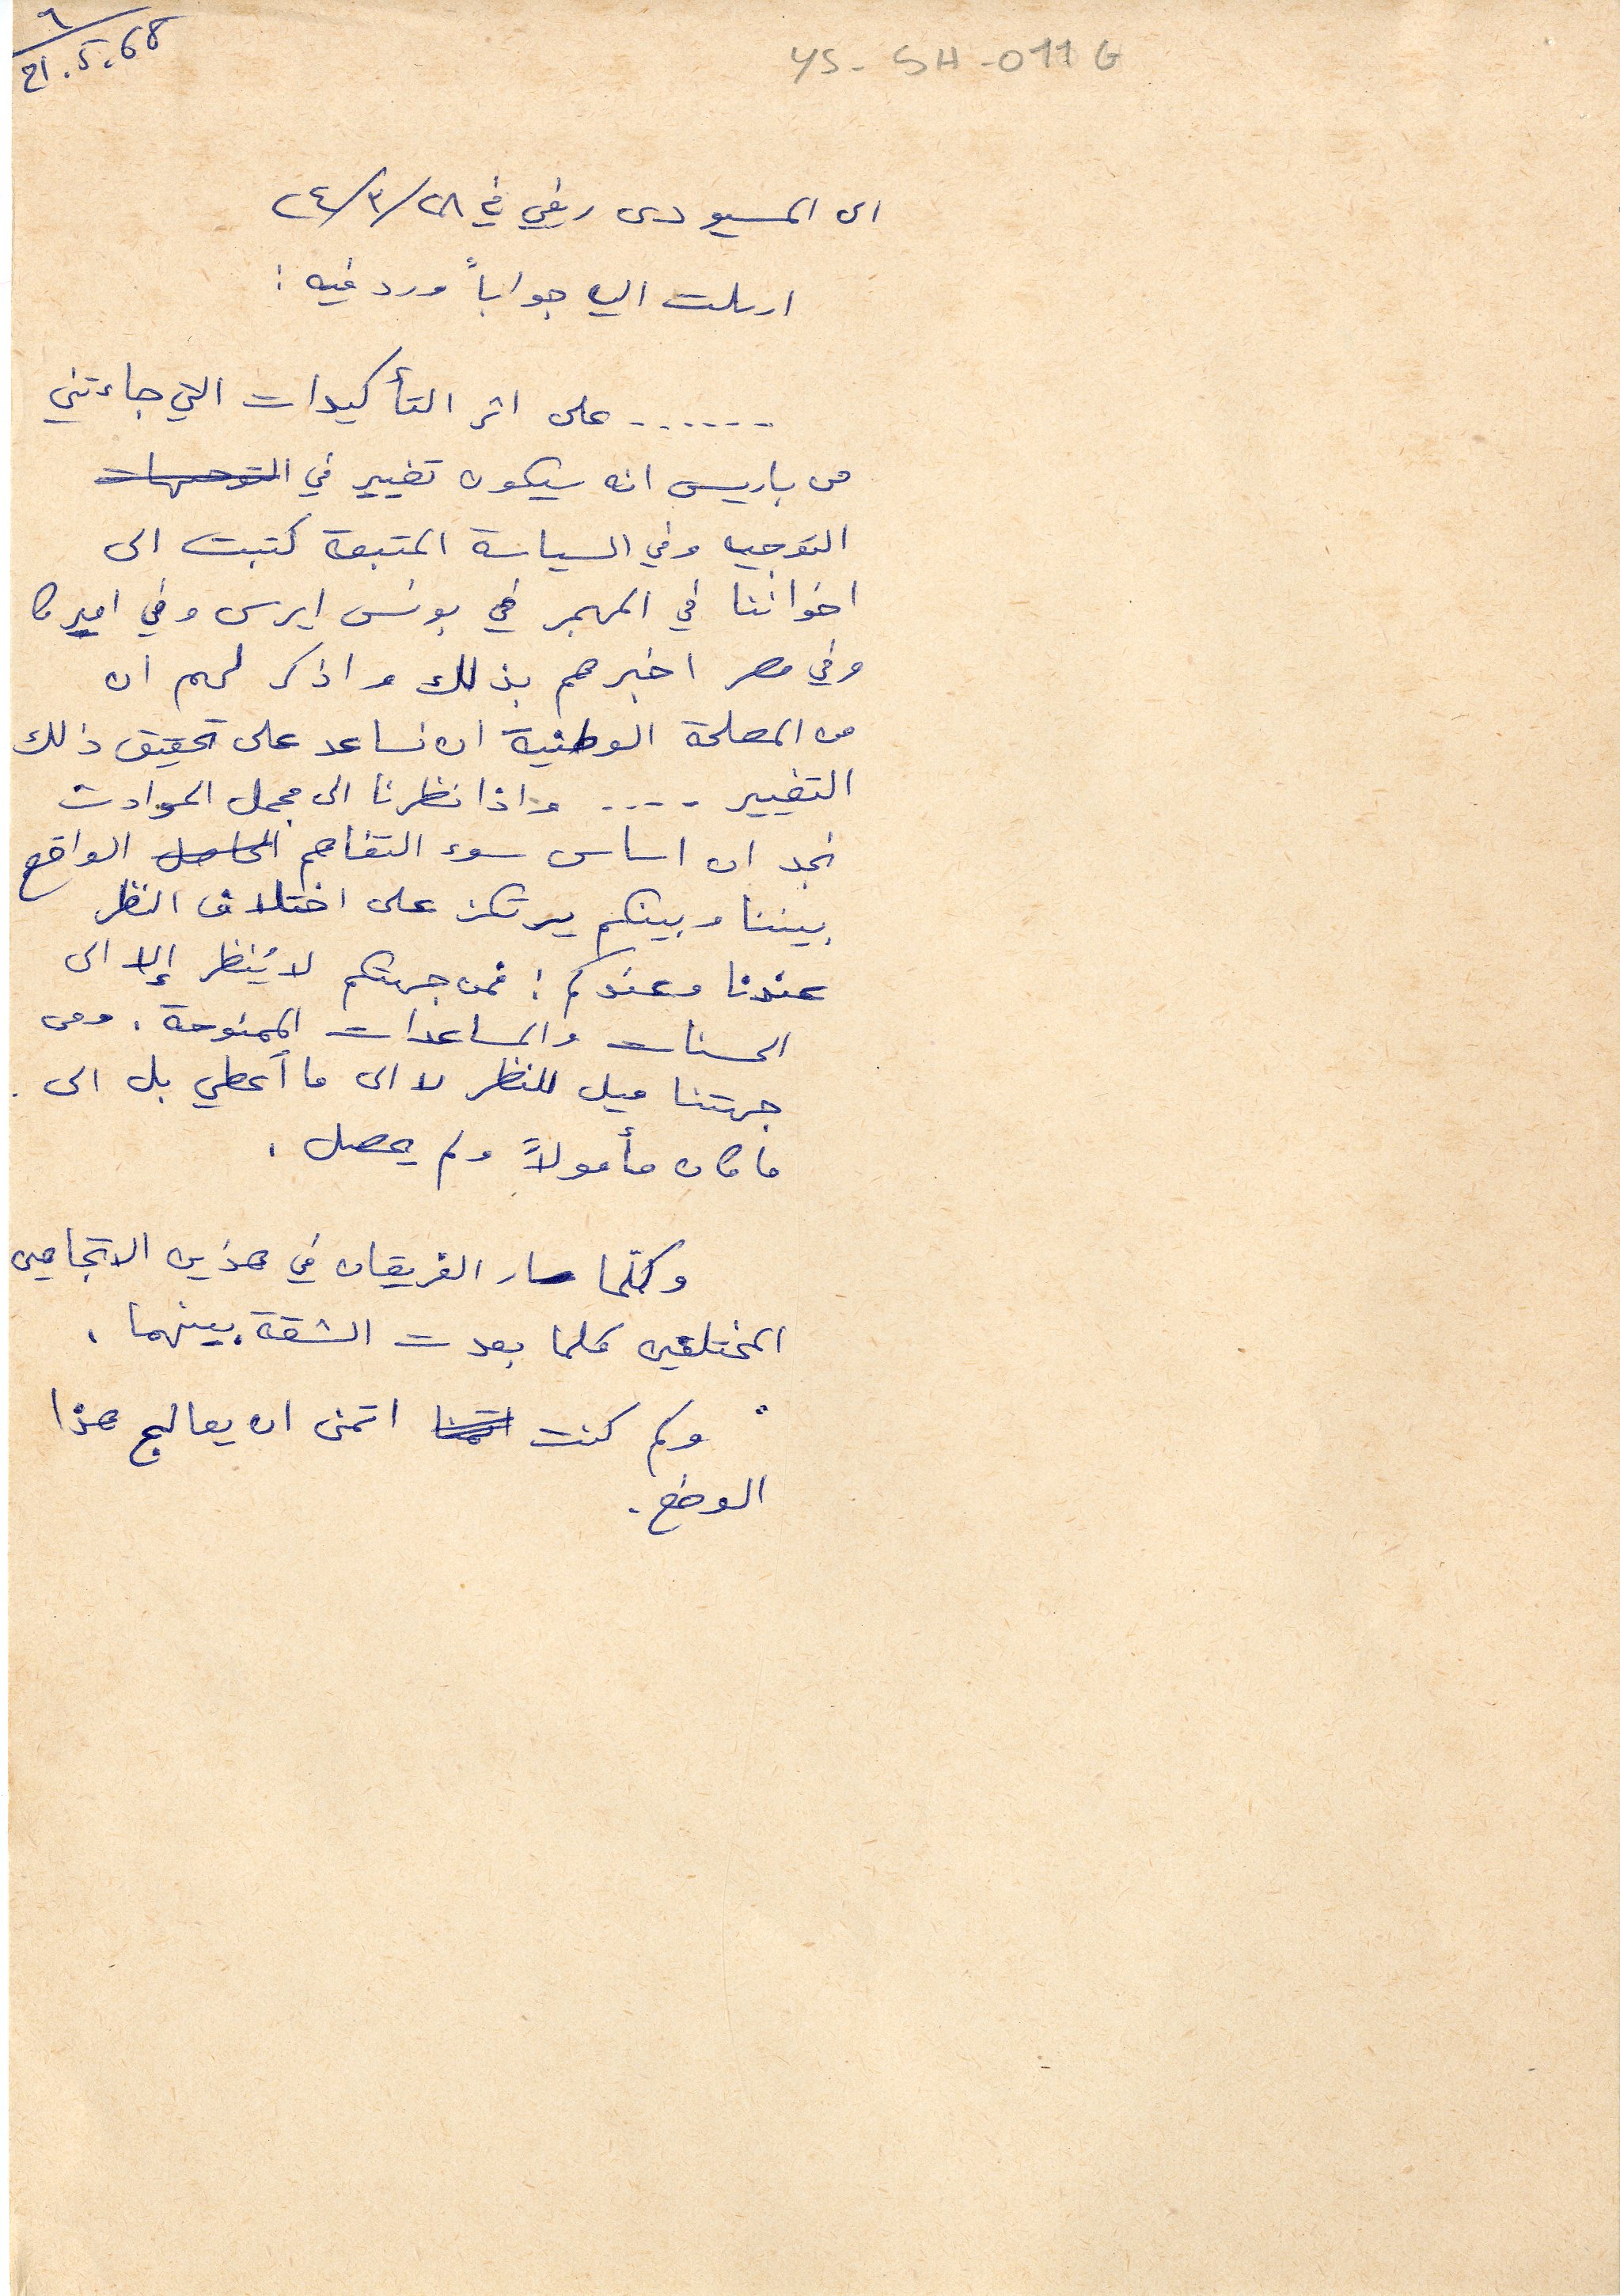
ys-5H-011
الى المسيو دى ريفي في ٢٨/ ٣/ ٢٤
ارسلت اليه جواباً ورد فيه:
......على اثر التأكيدات التي جاءتني
من باريس انه سيكون تغيير في
التوجيه وفي السياسة المتبعة كتبت الى
اخواننا في المهجر في بونس ايرس وفي اميركا
وفي مصر اخبرهم بذلك واذكر لهم ان
من المصلحة الوطنية ان نساعد على تحقيق ذلك
التغيير . ... واذا نظرنا الى مجمل الحوادث
نجد ان اساس سوء التقاهم الحاصل الواقع
بيننا وبينكم يرتكز على اختلاف النظر
عندنا وعندكم: فمن جهتكم لا يُنظر إلا الى
الحسنات والمساعدات الممنوحة. ومن
 جهتنا ميل للنظر لا الى ما أعطي بل الى.
ما كان مأمولاً ولم يحصل.
وكلما سار الفريقان في هذين الاتجاهين
المختلقين كلما بعدت الثقة بينهما.
وكم كنت اتمنى ان يعالج هذا
 الوضع.